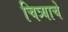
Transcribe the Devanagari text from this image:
चित्र्याचे